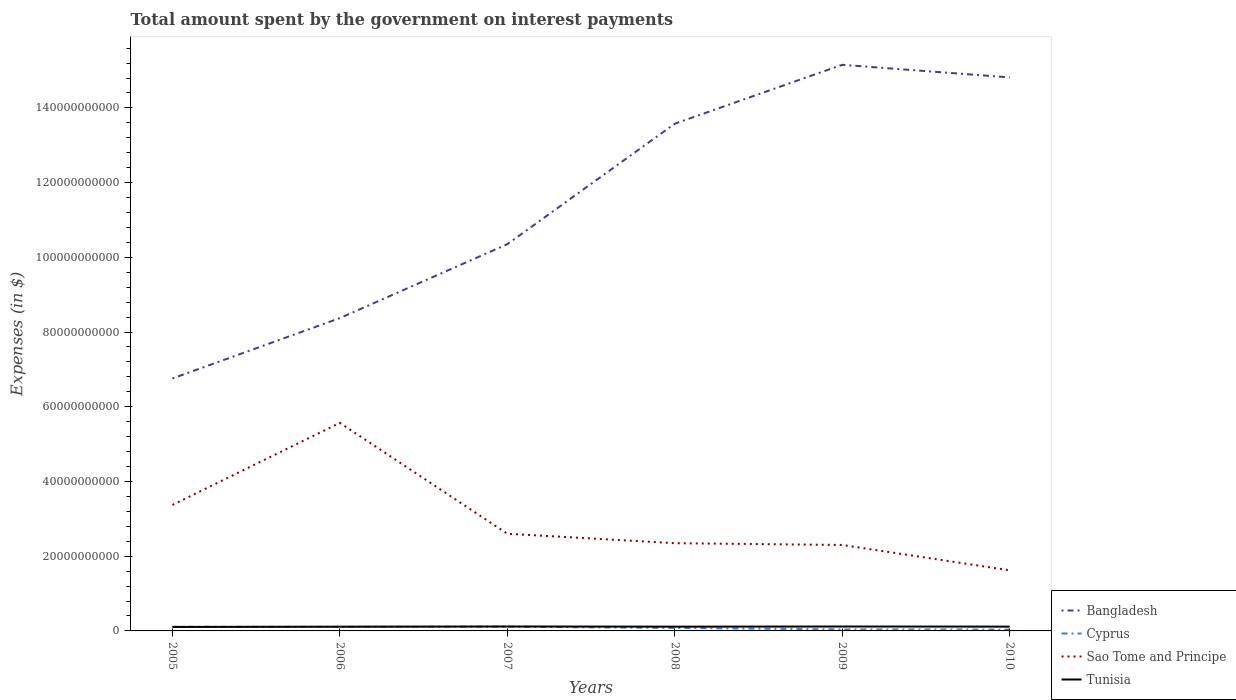
| Years | Bangladesh | Cyprus | Sao Tome and Principe | Tunisia |
 | --- | --- | --- | --- | --- |
 | 2005 | 6.76e+10 | 1.11e+09 | 3.37e+10 | 1.06e+09 |
 | 2006 | 8.37e+10 | 1.1e+09 | 5.57e+10 | 1.13e+09 |
 | 2007 | 1.04e+11 | 1.14e+09 | 2.6e+10 | 1.18e+09 |
 | 2008 | 1.36e+11 | 7.95e+08 | 2.35e+10 | 1.14e+09 |
 | 2009 | 1.52e+11 | 4.03e+08 | 2.3e+10 | 1.18e+09 |
 | 2010 | 1.48e+11 | 3.62e+08 | 1.62e+10 | 1.15e+09 |